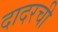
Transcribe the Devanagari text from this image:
दादरची